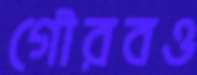
গৌরবও